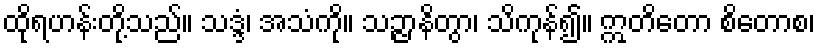
ထိုရဟန်းတို့သည်။ သဒ္ဒံ၊ အသံကို။ သဉ္ဇာနိတွာ၊ သိကုန်၍။ ဣတိတော စိတောစ၊